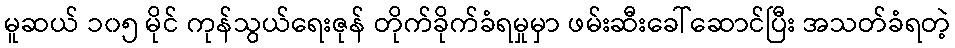
မူဆယ် ၁၀၅ မိုင် ကုန်သွယ်ရေးဇုန် တိုက်ခိုက်ခံရမှုမှာ ဖမ်းဆီးခေါ်ဆောင်ပြီး အသတ်ခံရတဲ့